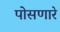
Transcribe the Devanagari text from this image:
पोसणारे